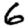
Digit: 6